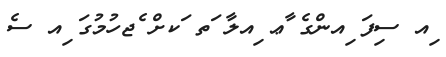
ިއ ސިފަ ިއންގެ ާޢ ިއލާ ަތ ަކށް ެޖހުމުގަ ިއ ސެ